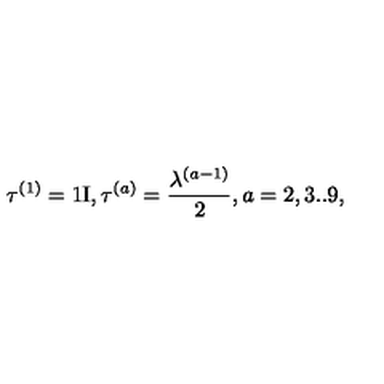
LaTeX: \tau ^ { ( 1 ) } = \mathrm { 1 I } , \tau ^ { ( a ) } = \frac { \lambda ^ { ( a - 1 ) } } { 2 } , a = 2 , 3 . . 9 ,